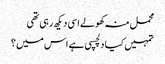
محمل منہ کھولے اسی دیکھ رہی تھی
تمہیں کیا دلچسپی ہے اس میں ؟